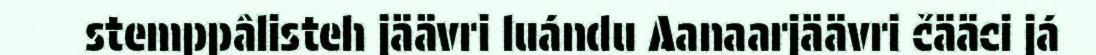
stemppâlisteh jäävri luándu Aanaarjäävri čääci já